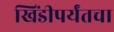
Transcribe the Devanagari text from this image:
खिंडीपर्यंतचा